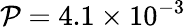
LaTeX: \mathcal{P}=4.1\times10^{-3}